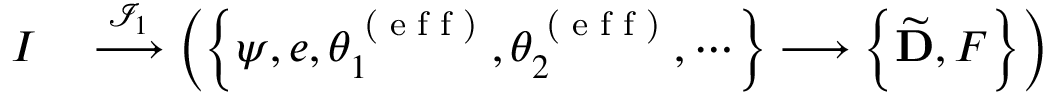
\begin{array} { r l } { I } & { { } \stackrel { { \mathcal { I } } _ { 1 } } { \longrightarrow } \left( \left\{ \psi , e , \theta _ { 1 } ^ { \textrm { ( e f f ) } } , \theta _ { 2 } ^ { \textrm { ( e f f ) } } , \cdots \right\} \longrightarrow \left\{ \widetilde { \mathbf { D } } , F \right\} \right) } \end{array}